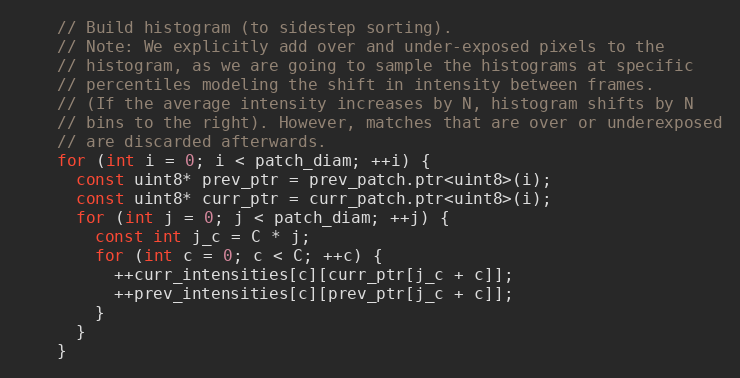
Language: C
    // Build histogram (to sidestep sorting).
    // Note: We explicitly add over and under-exposed pixels to the
    // histogram, as we are going to sample the histograms at specific
    // percentiles modeling the shift in intensity between frames.
    // (If the average intensity increases by N, histogram shifts by N
    // bins to the right). However, matches that are over or underexposed
    // are discarded afterwards.
    for (int i = 0; i < patch_diam; ++i) {
      const uint8* prev_ptr = prev_patch.ptr<uint8>(i);
      const uint8* curr_ptr = curr_patch.ptr<uint8>(i);
      for (int j = 0; j < patch_diam; ++j) {
        const int j_c = C * j;
        for (int c = 0; c < C; ++c) {
          ++curr_intensities[c][curr_ptr[j_c + c]];
          ++prev_intensities[c][prev_ptr[j_c + c]];
        }
      }
    }